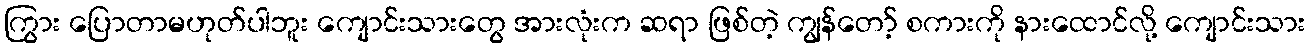
ကြွား ပြောတာမဟုတ်ပါဘူး ကျောင်းသားတွေ အားလုံးက ဆရာ ဖြစ်တဲ့ ကျွန်တော့် စကားကို နားထောင်လို့ ကျောင်းသား